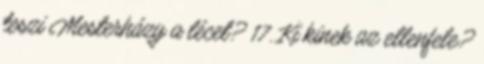
teszi Mesterházy a lécet? 17. Ki kinek az ellenfele?